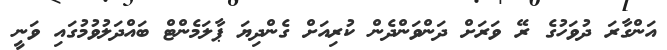
އަންގާރަ ދުވަހުގެ ރޭ ވަރަށް ދަންވަންދެން ކުރިއަށް ގެންދިޔަ ޕާލަމެންޓް ބައްދަލުވުމުގައި ވަނީ